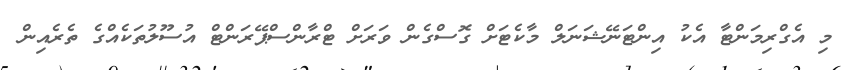
މި އެގްރިމަންޓާ އެކު އިންޓަނޭޝަނަލް މާކެޓަށް ގޮސްގެން ވަރަށް ޓްރާންސްޕޭރަންޓް އުސޫލުތަކެއްގެ ތެރެއިން